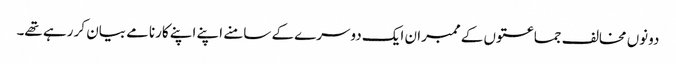
دونوں مخالف جماعتوں کے ممبران ایک دوسرے کے سامنے اپنے اپنے کارنامے بیان کر رہے تھے۔